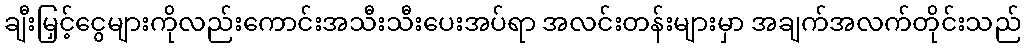
ချီးမြှင့်ငွေများကိုလည်းကောင်းအသီးသီးပေးအပ်ရာ အလင်းတန်းများမှာ အချက်အလက်တိုင်းသည်